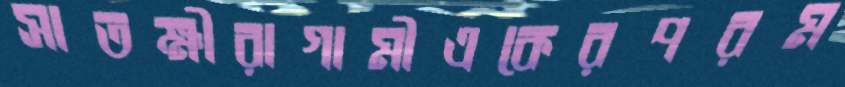
সাতক্ষীরাগামীএকেরপরম